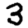
Digit: 3